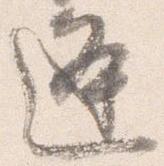
逢